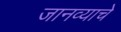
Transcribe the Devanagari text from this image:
जानव्याचे